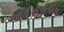
આઈએએએસ